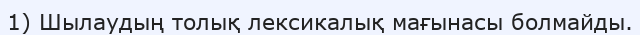
1) Шылаудың толық лексикалық мағынасы болмайды.